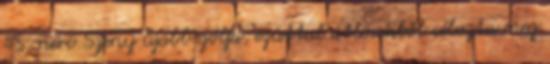
45. perc Szeny újabb gólja, ezúttal átlövésből célozta meg